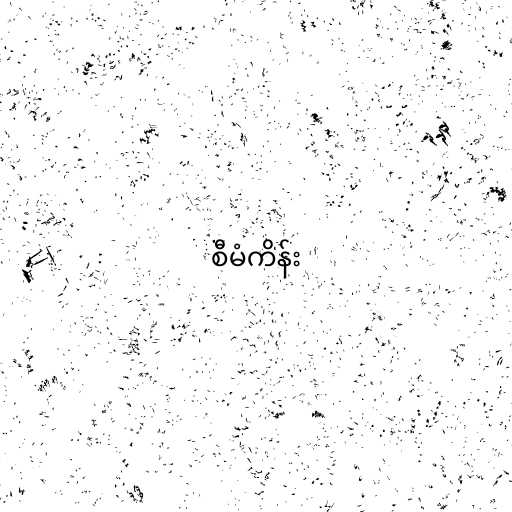
စီမံကိန်း